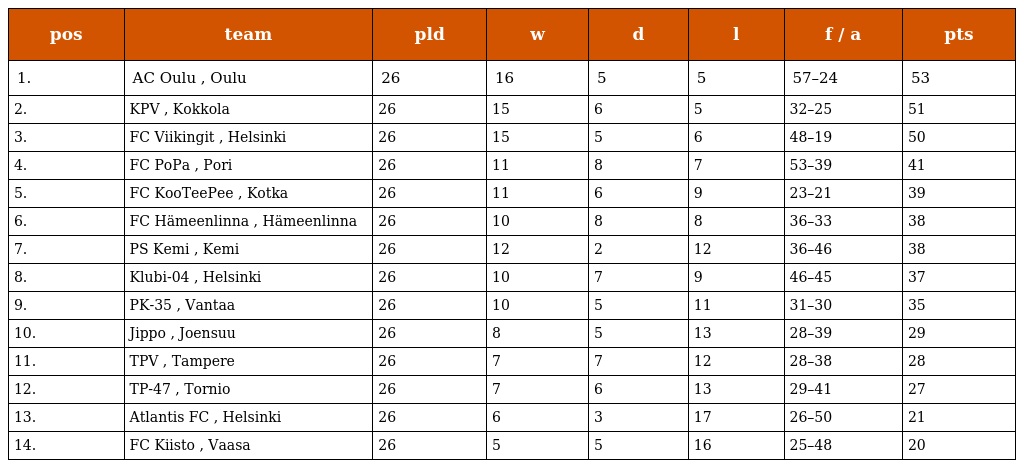
| pos | team | pld | w | d | l | f / a | pts |
 | --- | --- | --- | --- | --- | --- | --- | --- |
 | 1. | AC Oulu , Oulu | 26 | 16 | 5 | 5 | 57–24 | 53 |
 | 2. | KPV , Kokkola | 26 | 15 | 6 | 5 | 32–25 | 51 |
 | 3. | FC Viikingit , Helsinki | 26 | 15 | 5 | 6 | 48–19 | 50 |
 | 4. | FC PoPa , Pori | 26 | 11 | 8 | 7 | 53–39 | 41 |
 | 5. | FC KooTeePee , Kotka | 26 | 11 | 6 | 9 | 23–21 | 39 |
 | 6. | FC Hämeenlinna , Hämeenlinna | 26 | 10 | 8 | 8 | 36–33 | 38 |
 | 7. | PS Kemi , Kemi | 26 | 12 | 2 | 12 | 36–46 | 38 |
 | 8. | Klubi-04 , Helsinki | 26 | 10 | 7 | 9 | 46–45 | 37 |
 | 9. | PK-35 , Vantaa | 26 | 10 | 5 | 11 | 31–30 | 35 |
 | 10. | Jippo , Joensuu | 26 | 8 | 5 | 13 | 28–39 | 29 |
 | 11. | TPV , Tampere | 26 | 7 | 7 | 12 | 28–38 | 28 |
 | 12. | TP-47 , Tornio | 26 | 7 | 6 | 13 | 29–41 | 27 |
 | 13. | Atlantis FC , Helsinki | 26 | 6 | 3 | 17 | 26–50 | 21 |
 | 14. | FC Kiisto , Vaasa | 26 | 5 | 5 | 16 | 25–48 | 20 |